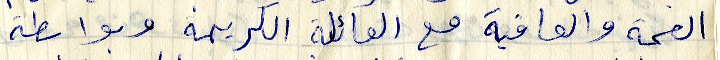
الصحة والعافية مع العائلة الكريمة وبواسطة